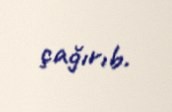
çağırıb.